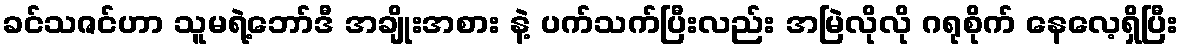
ခင်သဇင်ဟာ သူမရဲ့ဘော်ဒီ အချိုးအစား နဲ့ ပက်သက်ပြီးလည်း အမြဲလိုလို ဂရုစိုက် နေလေ့ရှိပြီး